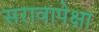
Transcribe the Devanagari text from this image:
सरावापेक्षा